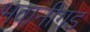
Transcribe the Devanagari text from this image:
भवानीगड